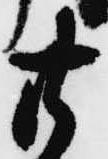
廿